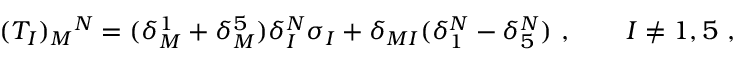
( T _ { I } ) _ { M } { } ^ { N } = ( \delta _ { M } ^ { 1 } + \delta _ { M } ^ { 5 } ) \delta _ { I } ^ { N } \sigma _ { I } + \delta _ { M I } ( \delta _ { 1 } ^ { N } - \delta _ { 5 } ^ { N } ) \ , \qquad I \neq 1 , 5 \ ,